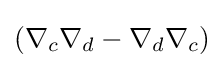
\left(\nabla _{c}\nabla _{d}-\nabla _{d}\nabla _{c}\right)